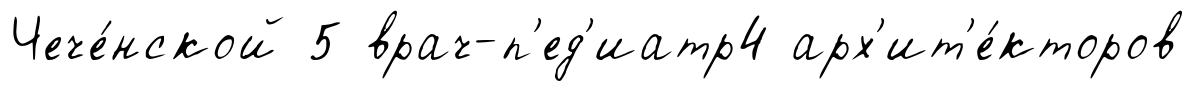
Чече́нской 5 врач-п'ед'иатр4 арх'ит'е́кторов